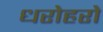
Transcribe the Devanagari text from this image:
धरोहरो